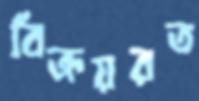
বিক্রয়রত